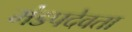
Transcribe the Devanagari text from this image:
मंडपदेवता